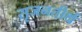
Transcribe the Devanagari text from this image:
सृजनतीर्थ